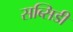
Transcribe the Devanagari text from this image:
सब्सिडी